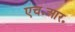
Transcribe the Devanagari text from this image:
एच॰आर॰